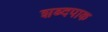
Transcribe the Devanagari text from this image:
शब्दपाक